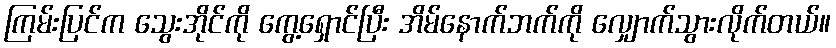
ကြမ်းပြင်က သွေးအိုင်ကို ကွေ့ရှောင်ပြီး အိမ်နောက်ဘက်ကို လျှောက်သွားလိုက်တယ်။